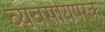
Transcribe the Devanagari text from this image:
व्‍यवसायपरक